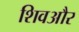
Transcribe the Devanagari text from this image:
शिवऔर